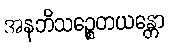
အနဘိသဉ္စေတယန္တော